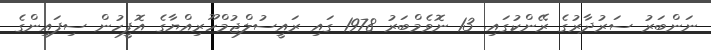
ނަންބަރު ސަރުދާރުގެ ރޭންކުގައި. 13 ނޮވެމްބަރު 1978 ގައި ރައީސުލްޖުމްހޫރިއްޔާގެ އޮފީހުން ސިފައިންގެ